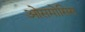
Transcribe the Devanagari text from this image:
ओसमोसिस